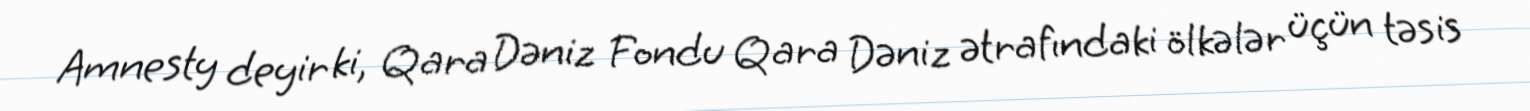
Amnesty deyir ki, Qara Dəniz Fondu Qara Dəniz ətrafındaki ölkələr üçün təsis